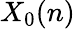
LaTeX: X_{0}(n)